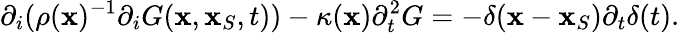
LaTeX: {\partial_{i}}(\rho({\mathbf x})^{-1}{\partial_{i}}G({\mathbf x},{\mathbf x}_{S},t))-\kappa({\mathbf x})\partial_{t}^{2}G=-\delta({\mathbf x}-{\mathbf x}_{S}){\partial_{t}}\delta(t).